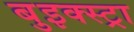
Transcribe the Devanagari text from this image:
बुइक्स्ट्रा